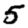
Digit: 5